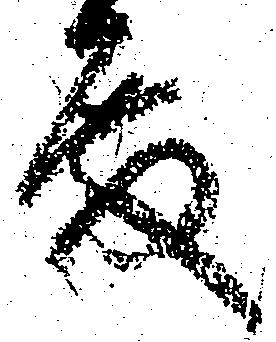
殿